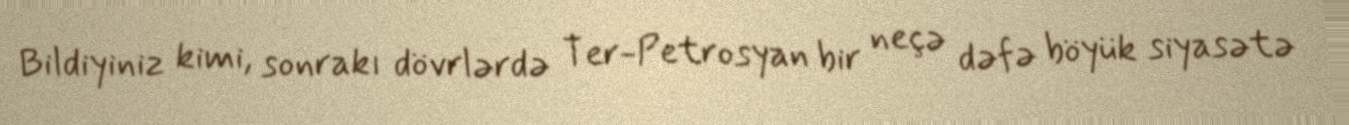
Bildiyiniz kimi, sonrakı dövrlərdə Ter-Petrosyan bir neçə dəfə böyük siyasətə